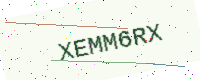
Text: XEMM6RX